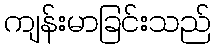
ကျန်းမာခြင်းသည်